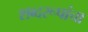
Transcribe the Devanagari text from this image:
शब्दरूपांचा